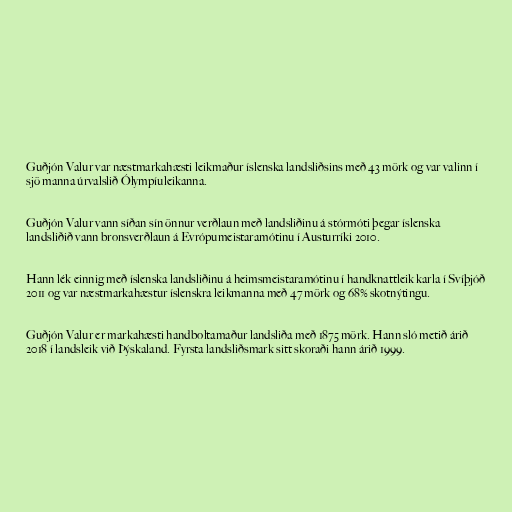
Guðjón Valur var næstmarkahæsti leikmaður íslenska landsliðsins með 43 mörk og var valinn í
sjö manna úrvalslið Ólympíuleikanna.

Guðjón Valur vann síðan sín önnur verðlaun með landsliðinu á stórmóti þegar íslenska
landsliðið vann bronsverðlaun á Evrópumeistaramótinu í Austurríki 2010.

Hann lék einnig með íslenska landsliðinu á heimsmeistaramótinu í handknattleik karla í Svíþjóð
2011 og var næstmarkahæstur íslenskra leikmanna með 47 mörk og 68% skotnýtingu.

Guðjón Valur er markahæsti handboltamaður landsliða með 1875 mörk. Hann sló metið árið
2018 í landsleik við Þýskaland. Fyrsta landsliðsmark sitt skoraði hann árið 1999.